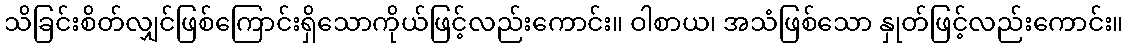
သိခြင်းစိတ်လျှင်ဖြစ်ကြောင်းရှိသောကိုယ်ဖြင့်လည်းကောင်း။ ဝါစာယ၊ အသံဖြစ်သော နှုတ်ဖြင့်လည်းကောင်း။